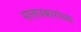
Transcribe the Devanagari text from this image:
सालास्कारांच्या